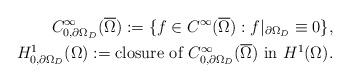
LaTeX: \begin{align*}C^\infty_{0,\partial \Omega_D} (\overline{\Omega}) := \{ f \in C^\infty(\overline{\Omega}): f|_{\partial \Omega_D} \equiv 0 \},\\H^1_{0,\partial \Omega_D}(\Omega) :=\mbox{closure of } C^\infty_{0,\partial \Omega_D} (\overline{\Omega})\mbox{ in }H^1(\Omega).\end{align*}